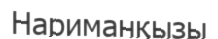
Нариманқызы